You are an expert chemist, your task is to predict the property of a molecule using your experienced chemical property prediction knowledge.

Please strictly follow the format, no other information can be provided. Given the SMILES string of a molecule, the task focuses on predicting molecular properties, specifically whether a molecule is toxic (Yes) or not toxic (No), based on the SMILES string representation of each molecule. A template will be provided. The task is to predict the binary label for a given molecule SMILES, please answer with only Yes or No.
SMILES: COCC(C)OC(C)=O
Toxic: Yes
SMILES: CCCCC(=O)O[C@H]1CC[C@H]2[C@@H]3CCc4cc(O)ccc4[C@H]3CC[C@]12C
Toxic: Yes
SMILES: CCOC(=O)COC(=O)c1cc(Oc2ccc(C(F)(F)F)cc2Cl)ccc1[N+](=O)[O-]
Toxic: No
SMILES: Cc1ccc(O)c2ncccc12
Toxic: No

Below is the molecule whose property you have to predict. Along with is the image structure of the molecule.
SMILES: Cc1ccsc1/C=C/C1=NCCCN1C
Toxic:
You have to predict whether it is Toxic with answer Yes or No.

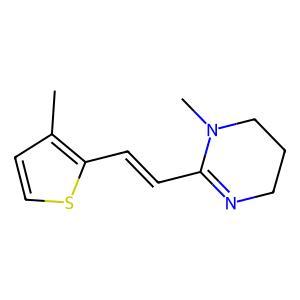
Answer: No